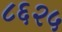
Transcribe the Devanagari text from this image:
८६२५